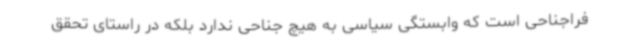
فراجناحی است که وابستگی سیاسی به هیچ جناحی ندارد بلکه در راستای تحقق